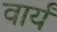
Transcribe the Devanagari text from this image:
वार्यं